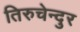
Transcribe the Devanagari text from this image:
तिरुचेन्दुर